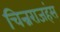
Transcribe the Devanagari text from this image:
चिन्नराजहंस